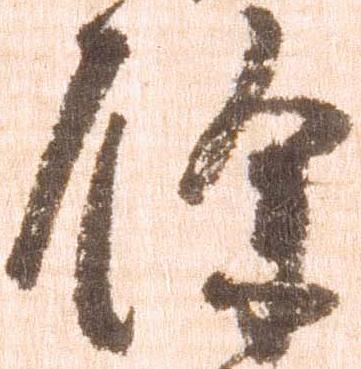
余